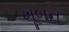
ખૂબન